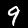
Label: 9